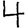
Digit: 4